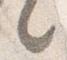
之